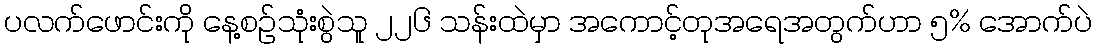
ပလက်ဖောင်းကို နေ့စဉ်သုံးစွဲသူ ၂၂၆ သန်းထဲမှာ အကောင့်တုအရေအတွက်ဟာ ၅% အောက်ပဲ